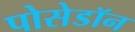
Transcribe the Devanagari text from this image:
पोसेडॉन